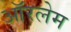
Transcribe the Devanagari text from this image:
ऑरलेम